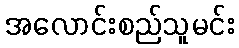
အလောင်းစည်သူမင်း